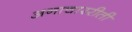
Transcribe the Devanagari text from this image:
अनाचाररीती